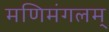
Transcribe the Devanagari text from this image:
मणिमंगलम्